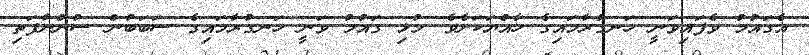
އެގައުމު ވެފައިވަނީ ހަނގުރާމައިގެ ހާއްޔަކަށެވެ. މުޅި ގައުމު ވަނީ ހަނގުރާމައިގެ ސަބަބުން ސުންނާފަތި